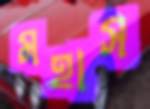
মহাস